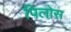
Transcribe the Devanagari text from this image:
पिलोस